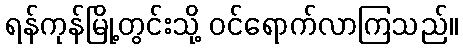
ရန်ကုန်မြို့တွင်းသို့ ဝင်ရောက်လာကြသည်။